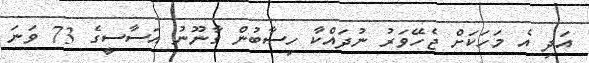
އަދި އެ މަހަކަށް ޖެހޭވަރު ނުދައްކާ ހިސާބުން ގާނޫނު އަސާސީގެ 73 ވަނަ